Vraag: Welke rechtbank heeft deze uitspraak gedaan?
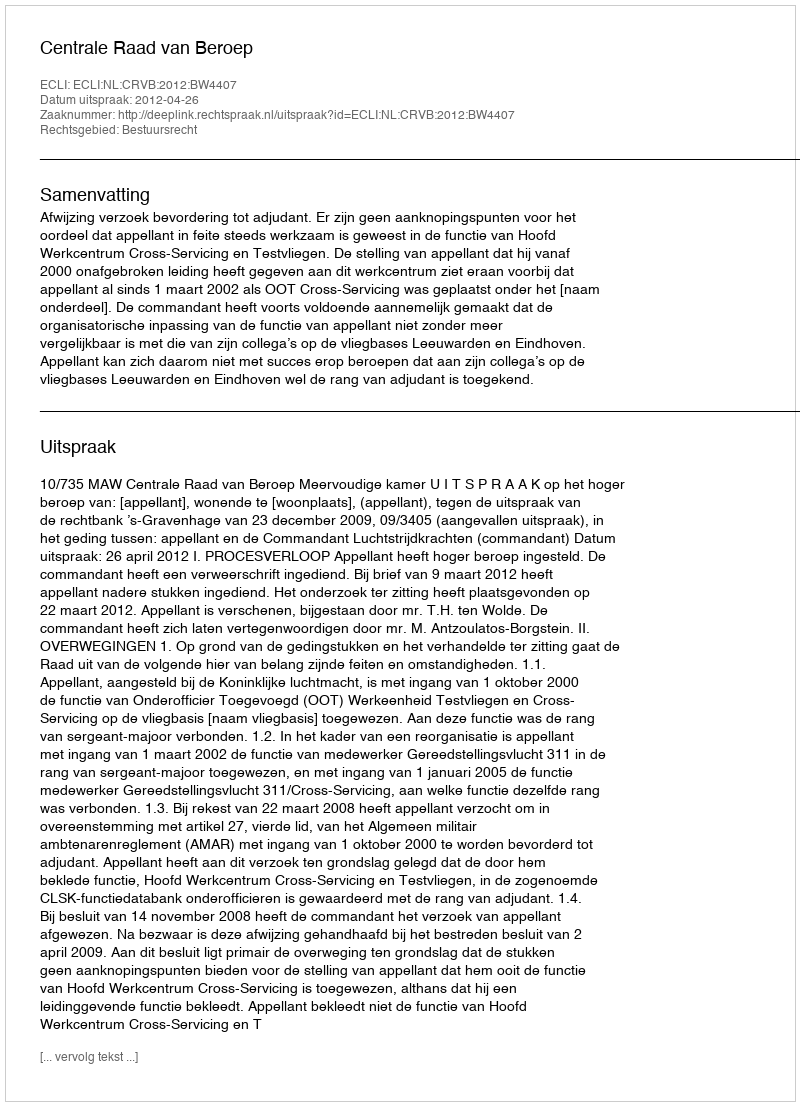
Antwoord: Centrale Raad van Beroep